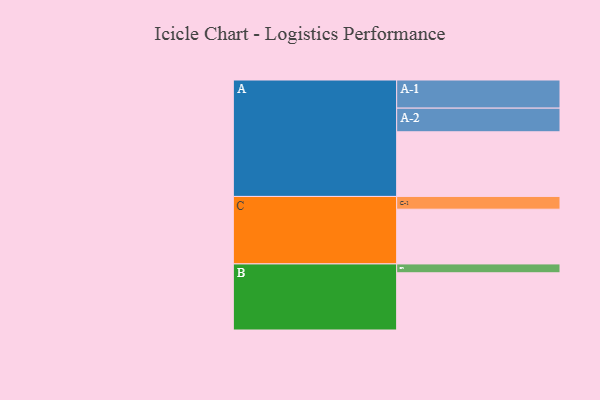
{"axis": {"x": "Segment", "y": "Value"}, "legend": ["", "A", "B", "C"], "data": [{"x": "A", "y": 416, "type": ""}, {"x": "B", "y": 368, "type": ""}, {"x": "C", "y": 352, "type": ""}, {"x": "A-1", "y": 181, "type": "A"}, {"x": "A-2", "y": 152, "type": "A"}, {"x": "B-1", "y": 57, "type": "B"}, {"x": "C-1", "y": 82, "type": "C"}]}